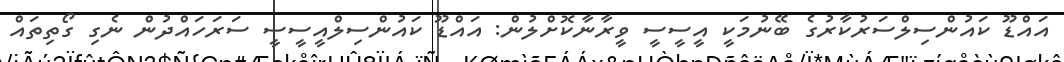
އައްޑޫ ކައުންސިލްސަރުކާރުގެ ބޭނުމަކީ އީސީސީ ވީރާނާކޮށްލުން: އައްޑޫ ކައުންސިލްއީސީސީ ސަރަހައްދުން ނެގި ގޯތިތައް